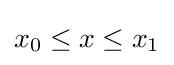
x_{0}\leq x\leq x_{1}